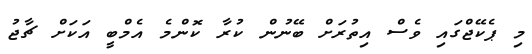
މި ޕެކޭޖްގައި ވެސް އިތުރަށް ބޭނުން ކުރާ ކޮންމެ އެމްބީ އަކަށް ޗާޖު